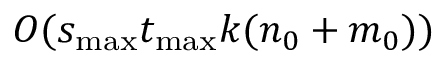
O ( s _ { \mathrm { m a x } } t _ { \mathrm { m a x } } k ( n _ { 0 } + m _ { 0 } ) )